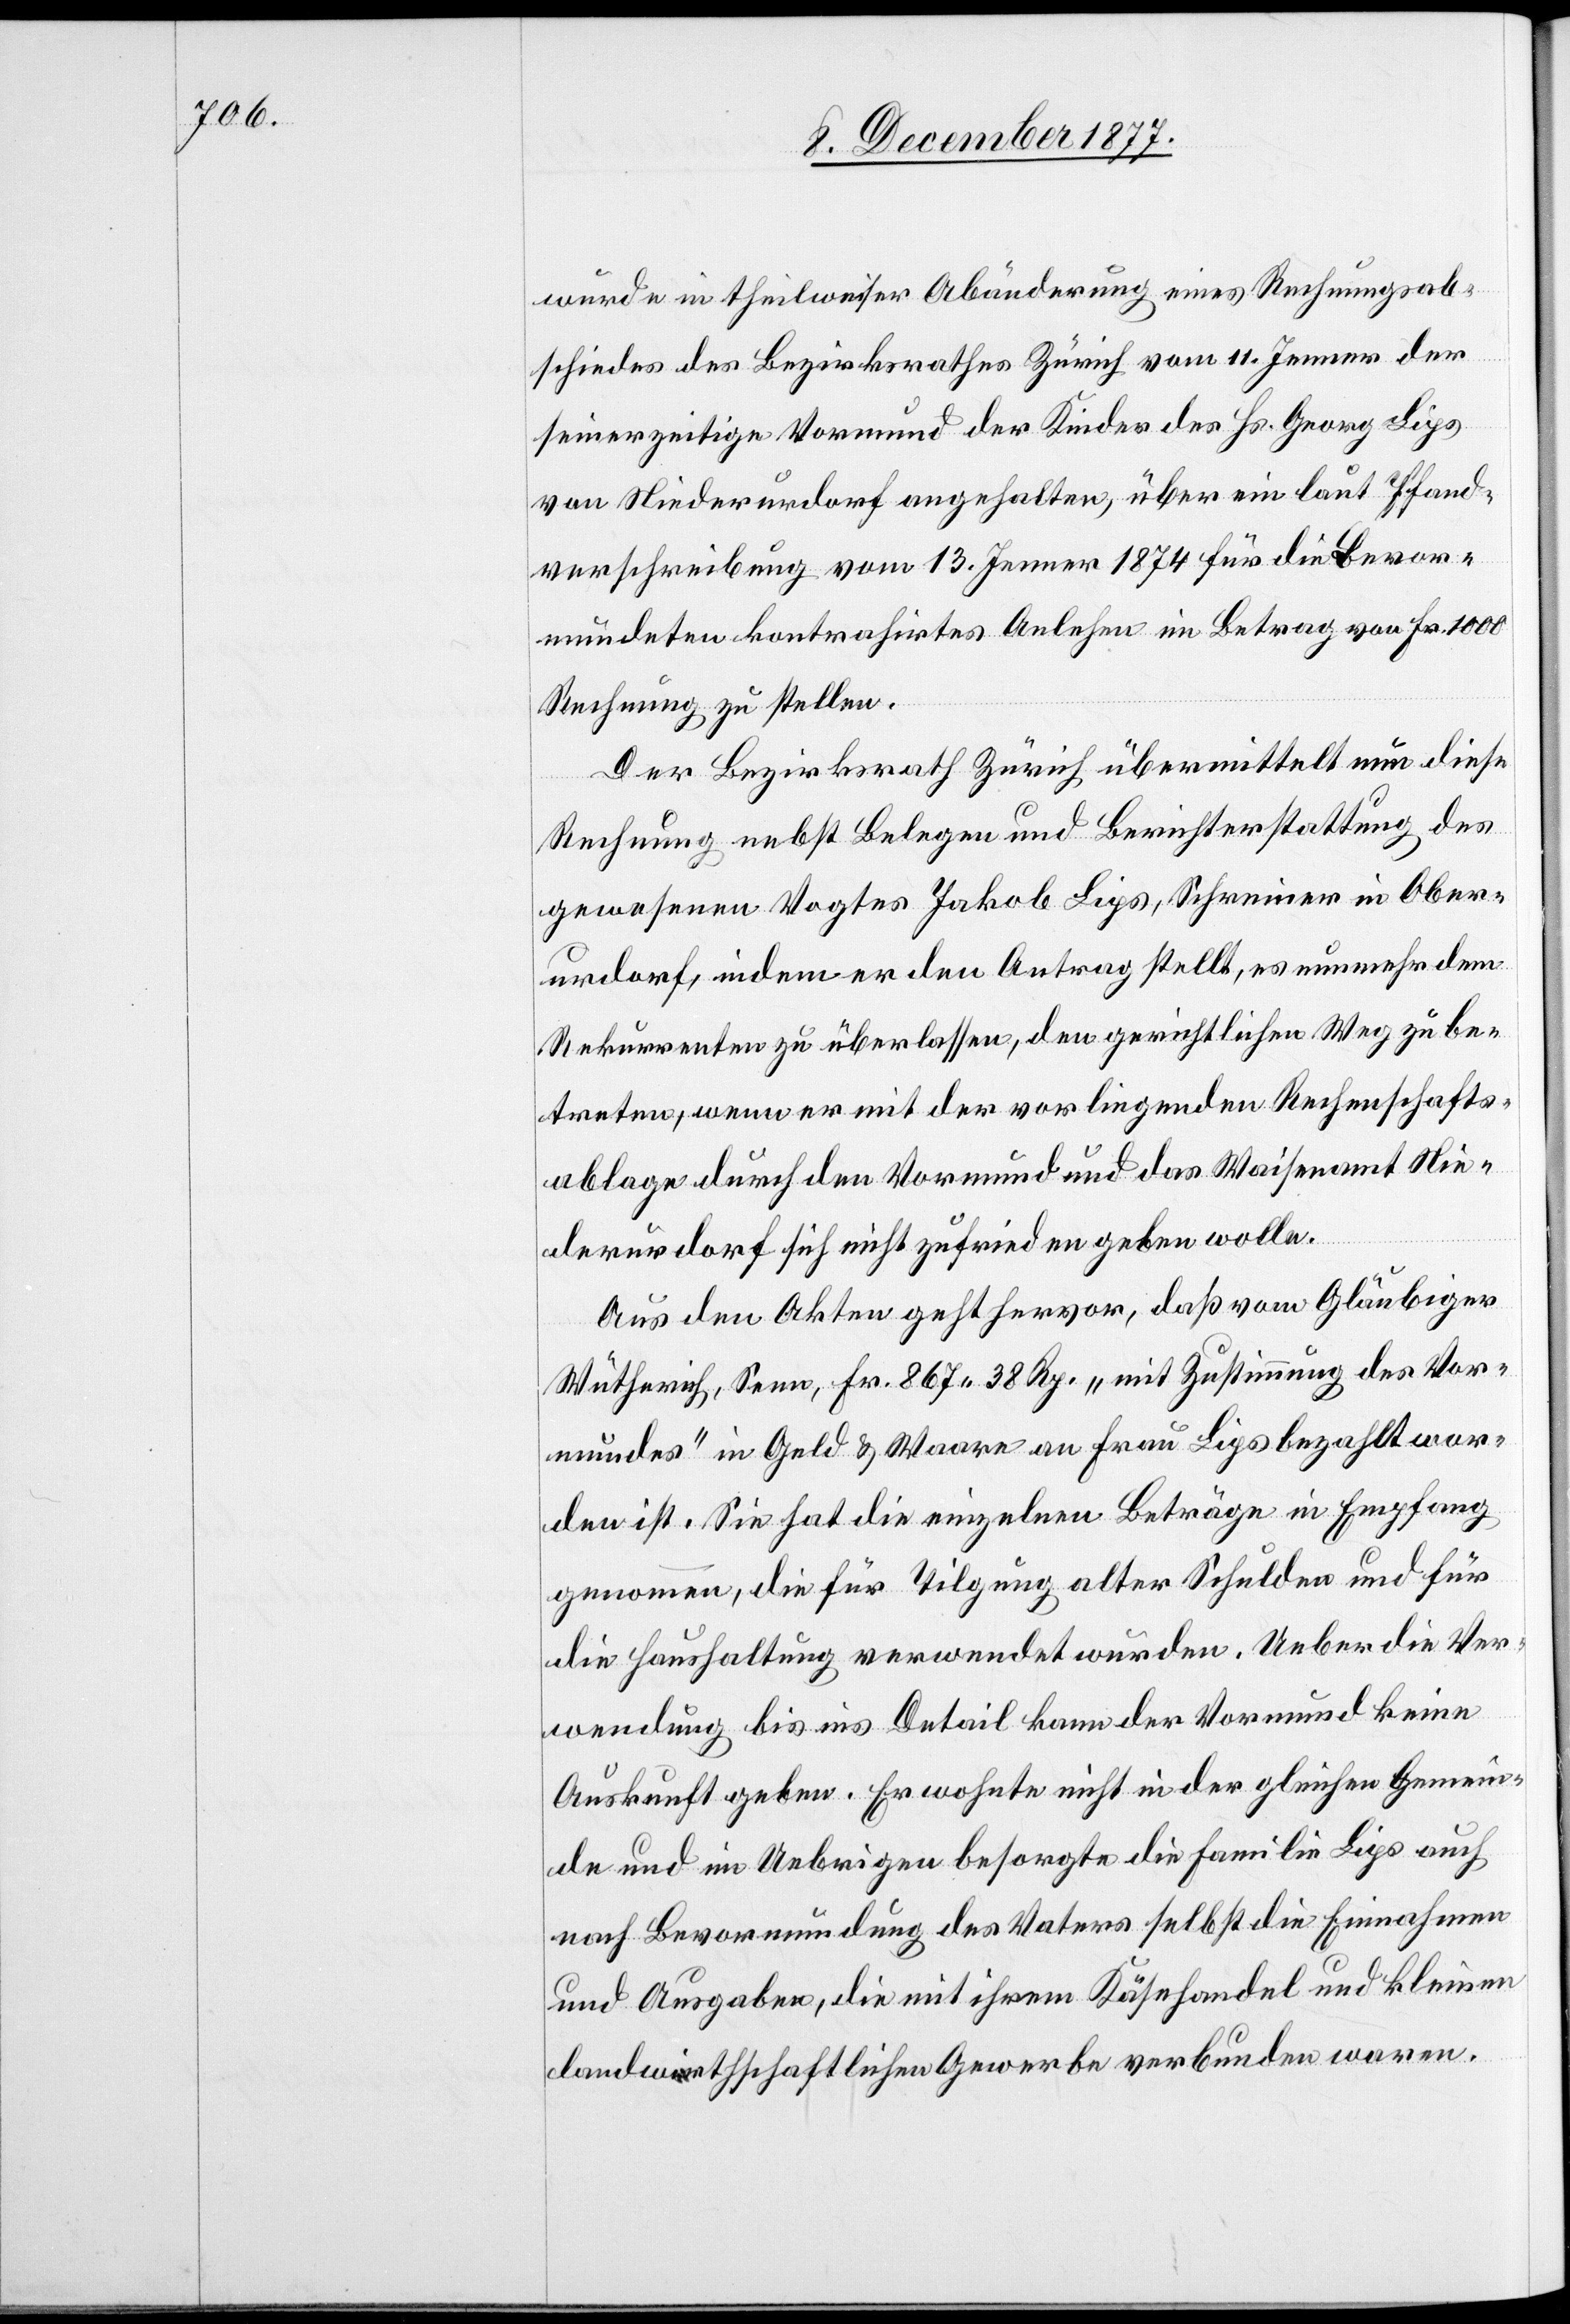
wurde in theilweiser Abänderung eines Rechnungsab¬
schiedes des Bezirksrathes Zürich vom 11. Jenner der
seinerzeitige Vormund der Kinder des Hs. Georg Lips
von Niederurdorf angehalten, über ein laut Pfand¬
verschreibung vom 13. Jenner 1874 für die Bevor¬
mundeten kontrahirtes Anlehen im Betrag von Fr. 1000
Rechnung zu stellen.
Der Bezirksrath Zürich übermittelt nun diese
Rechnung nebst Belegen und Berichterstattung des
gewesenen Vogtes Jakob Lips, Schreiner in Ober¬
urdorf, indem er den Antrag stellt, es nunmehr dem
Rekurrenten zu überlassen, den gerichtlichen Weg zu be¬
treten, wenn er mit der vorliegenden Rechenschafts¬
ablage durch den Vormund und das Waisenamt Nie¬
derurdorf sich nicht zufrieden geben wolle.
Aus den Akten geht hervor, daß vom Gläubiger
Wütherich, Senn, Fr. 867 38 Rp. „mit Zustimmung des Vor¬
mundes“ in Geld & Waare an Frau Lips bezahlt wor¬
den ist. Sie hat die einzelnen Beträge in Empfang
genommen, die für Tilgung alter Schulden und für
die Haushaltung verwendet wurden. Ueber die Ver¬
wendung bis ins Detail kann der Vormund keine
Auskunft geben. Er wohnte nicht in der gleichen Gemein¬
de und im Uebrigen besorgte die Familie Lips auch
nach Bevormundung des Vaters selbst die Einnahmen
und Ausgaben, die mit ihrem Käsehandel und kleinen
landwirthschaftlichen Gewerbe verbunden waren.